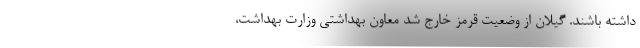
داشته باشند. گیلان از وضعیت قرمز خارج شد معاون بهداشتی وزارت بهداشت،